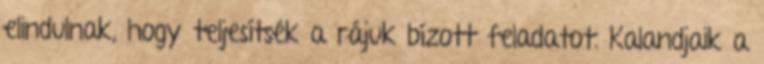
elindulnak, hogy teljesítsék a rájuk bízott feladatot. Kalandjaik a